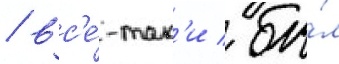
/ вс'е́-так'и / бы́л